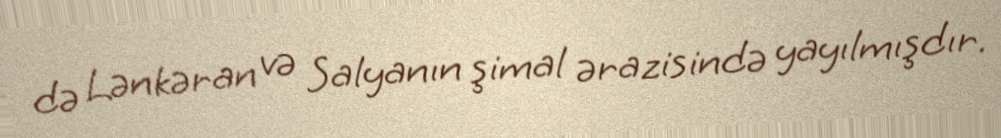
də Lənkəran və Salyanın şimal ərazisində yayılmışdır.